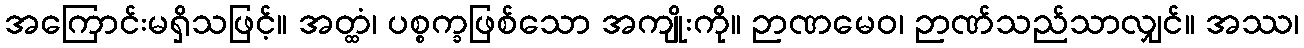
အကြောင်းမရှိသဖြင့်။ အတ္ထံ၊ ပစ္စက္ခဖြစ်သော အကျိုးကို။ ဉာဏမေဝ၊ ဉာဏ်သည်သာလျှင်။ အဿ၊